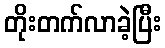
တိုးတက်လာခဲ့ပြီး